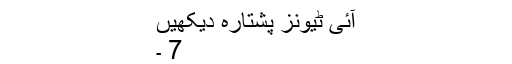
آئی ٹیونز پشتارہ دیکھیں
7 ۔